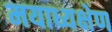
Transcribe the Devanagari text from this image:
मयाध्यक्षेण